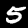
Digit: 5